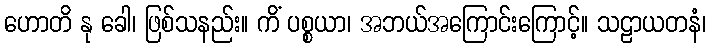
ဟောတိ နု ခေါ၊ ဖြစ်သနည်း။ ကိံ ပစ္စယာ၊ အဘယ်အကြောင်းကြောင့်။ သဠာယတနံ၊